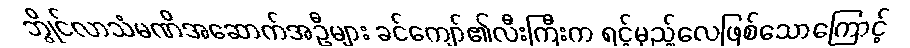
ဘွိုင်လာသံမဏိအဆောက်အဦများ ခင်ကျော်၏လီးကြီးက ရင့်မှည့်လေဖြစ်သောကြောင့်